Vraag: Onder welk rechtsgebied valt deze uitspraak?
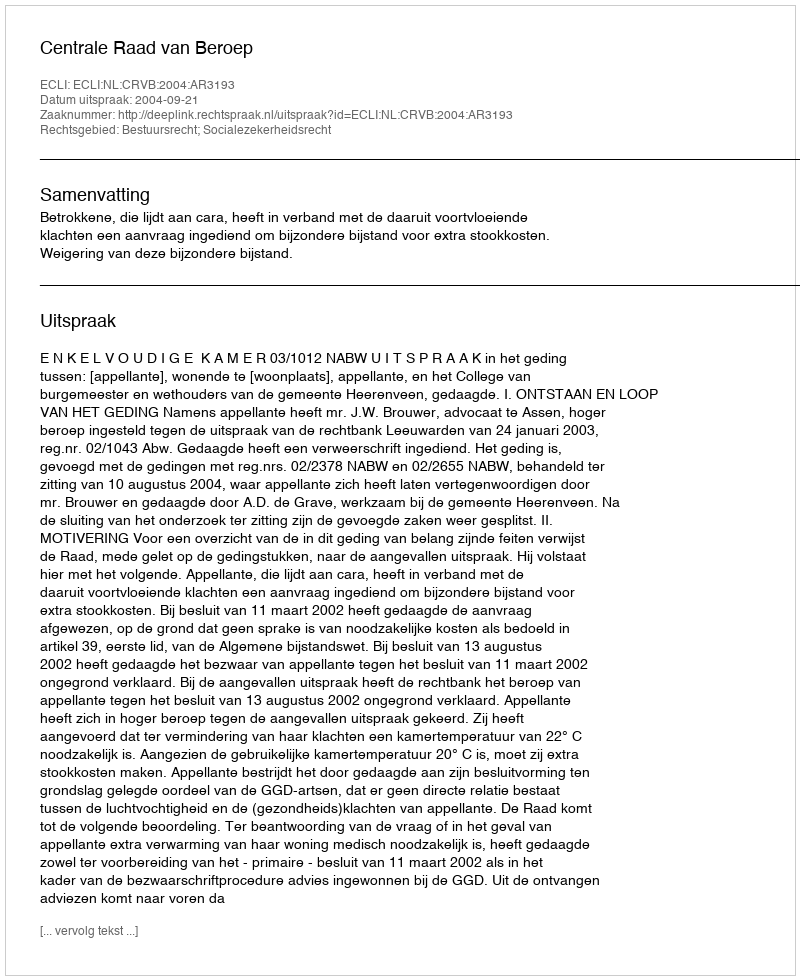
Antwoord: Bestuursrecht; Socialezekerheidsrecht